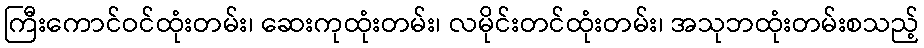
ကြီးကောင်ဝင်ထုံးတမ်း၊ ဆေးကုထုံးတမ်း၊ လမိုင်းတင်ထုံးတမ်း၊ အသုဘထုံးတမ်းစသည့်